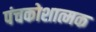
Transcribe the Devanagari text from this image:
पंचकोशात्मक